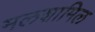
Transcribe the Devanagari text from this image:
मलशामिल